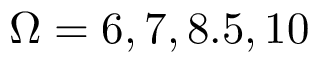
\Omega = 6 , 7 , 8 . 5 , 1 0